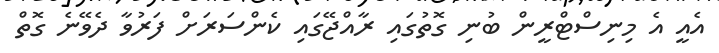
އެއީ އެ މިނިސްޓްރީން ބުނި ގޮތުގައި ރާއްޖޭގައި ކެންސަރަށް ފަރުވާ ދެވޭނެ ގޮތް